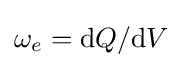
\omega _{e}=\mathrm {d} Q/\mathrm {d} V\,\!